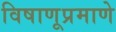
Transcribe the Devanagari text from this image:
विषाणूप्रमाणे